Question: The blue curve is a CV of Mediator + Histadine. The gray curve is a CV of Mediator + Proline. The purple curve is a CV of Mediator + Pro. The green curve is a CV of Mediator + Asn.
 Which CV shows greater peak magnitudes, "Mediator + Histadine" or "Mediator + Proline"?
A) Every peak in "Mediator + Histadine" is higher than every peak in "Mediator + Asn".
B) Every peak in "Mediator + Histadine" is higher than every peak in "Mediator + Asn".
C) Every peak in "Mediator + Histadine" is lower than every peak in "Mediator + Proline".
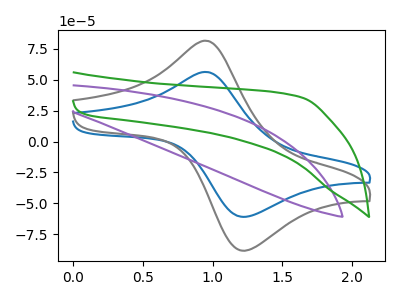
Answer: <think>The blue curve "Mediator + Histadine" has an anodic peak at (0.95V, 56.30uA) and a cathodic peak at (1.20V, -60.90uA). The gray curve "Mediator + Proline" has an anodic peak at (0.95V, 81.60uA) and a cathodic peak at (1.20V, -88.20uA). The purple curve "Mediator + Pro" has no peaks. The green curve "Mediator + Asn" has no peaks.</think>
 <answer>C) Every peak in "Mediator + Histadine" is lower than every peak in "Mediator + Proline".</answer>
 <eval>C</eval>